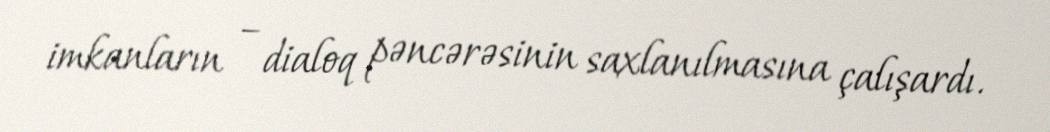
imkanların – dialoq pəncərəsinin saxlanılmasına çalışardı.